Vaccine operations Central Provinces 1868-1885 - 1868-1885
Year: 1868
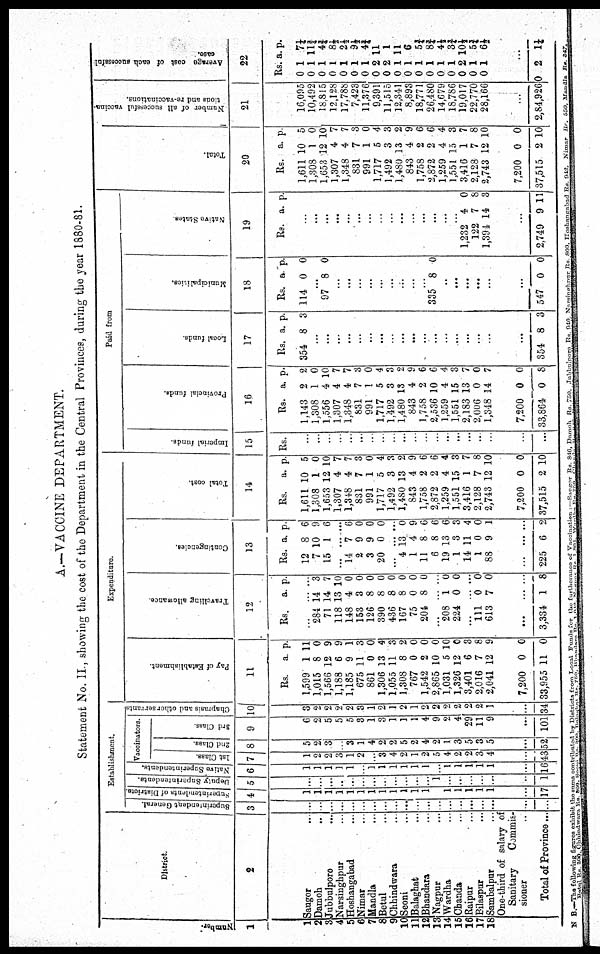
A.—VACCINE DEPARTMENT.
Statement No. II., showing the cost of the Department in the Central Provinces, during the year 1880-81.
Number.
1
1
2
3
4
5
6
7
8
9
10
11
12
13
14
15
16
17
18
District.
2
Saugor ..
Damoh ..
Jubbulpore ...
Narsinghpur ...
Hoshangabad ...
Nimar ...
Mandla ...
Betul ...
Chhindwara ...
Seoni ...
Balaghat ...
Bhandara ...
Nagpur ...
Wardha ...
Chanda ...
Raipur ...
Bilaspur ...
Sambalpur ...
One-third of salary of
Sanitary
Commis-
sioner ...
Total of Province...
Establishment.
Superintendent General.
3
..
...
...
...
...
...
...
...
...
...
...
...
...
...
...
...
...
...
...
...
Superintendents of Districts.
4
1
1
1
1
1
1
1
1
1
1
1
1
1
1
1
1
1
...
17
Deputy Superintendents.
5
...
...
...
...
...
...
...
...
...
...
...
...
1
...
...
...
...
...
...
1
Native Superintendents.
6
1
1
1
1
1
...
1
1
1
1
1
1
...
1
1
1
1
1
...
16
Vaccinators.
1st Class.
7
1
2
2
3
1
2
...
3
4
2
1
2
5
4
2
2
3
4
...
43
2nd Class.
8
5
2
3
...
3
1
4
2
2
5
2
4
2
1
3
5
3
5
...
52
3rd Class.
9
6
2
5
5
5
3
1
3
1
1
1
4
9
2
4
29
11
9
...
101
Chaprasis and other servants
10
3
2
2
2
2
3
1
2
1
2
1
2
2
2
2
2
2
1
...
34
Expenditure
Pay of Establishment.
11
Rs.
1,599
1,015
1,566
1,188
1,185
675
861
1,306
1,055
1,308
767
1,542
2,865
1,031
1,326
3,401
2,016
2,041
7,200
33,955
a.
1
8
12
6
9
11
0
13
11
8
0
2
10
5
12
6
7
12
0
11
p.
11
0
9
9
1
3
0
4
3
2
0
0
0
10
0
3
8
9
0
0
Travelling allowance.
12
Rs.
...
284
71
118
148
153
126
390
436
167
75
204
...
208
224
...
111
613
...
3,334
a.
...
14
14
13
4
3
8
8
8
8
0
8
...
1
0
...
0
7
...
1
p.
...
3
7
10
0
0
0
0
0
0
0
0
...
0
0
...
0
0
...
8
Contingencies.
13
Rs.
12
7
15
...
14
2
3
20
...
4
1
11
6
19
1
14
1
88
...
225
a.
8
10
1
...
7
9
9
0
...
13
4
8
8
13
3
11
0
9
...
6
p.
6
9
6
...
6
0
0
0
...
0
9
6
6
6
3
4
0
1
...
2
Total cost.
14
Rs.
1,611
1,308
1,653
1,307
1,348
831
991
1,717
1,492
1,480
843
1,758
2,872
1,259
1,551
3,416
2,128
2,743
7,200
37,515
a.
10
1
12
4
4
7
1
5
3
13
4
2
2
4
15
1
7
12
0
2
p.
5
0
10
7
7
3
0
4
3
2
9
6
6
4
3
7
8
10
0
10
Paid from
Imperial funds.
15
Rs.
...
...
...
...
...
...
...
...
...
...
...
...
...
...
...
...
...
...
...
...
Provincial funds.
16
Rs.
1,143
1,308
1,556
1,307
1,348
831
991
1,717
1,492
1,480
843
1,758
2,536
1,259
1,551
2,183
2,006
1,348
7,200
33,864
a.
2
1
4
4
4
7
1
5
3
13
4
2
10
4
15
13
0
14
0
0
p.
2
0
10
7
7
3
0
4
3
9
9
6
6
4
3
7
0
7
0
8
Local funds.
17
Rs.
354
a.
8
p.
3
...
...
...
...
...
...
...
...
...
...
...
...
...
...
...
...
...
...
354 8 3
Municipalities.
18
Rs.
114
a
0
p.
0
...
97 8 0
...
...
...
...
...
...
...
...
...
335 8 0
...
...
...
...
...
...
547 0 0
Native States.
19
Rs. a. p.
...
...
...
...
...
...
...
...
...
...
...
...
...
...
...
1,232
122
1,394
4
7
14
0
8
3
...
2,749 9 11
Total.
20
Rs.
1,611
1,308
1,653
1,307
1,348
831
991
1,717
1,492
1,480
843
1,758
2,872
1,259
1,551
3,416
2,128
2,743
7,200
37,515
a.
10
1
12
4
4
7
1
5
3
13
4
2
2
4
15
1
7
12
0
2
p.
5
0
10
7
7
3
0
4
3
2
9
6
6
4
3
7
8
10
0
10
Number of all successful vaccina-
tions and re-vaccinations.
21
16,095
10,492
18,815
12,128
17,788
7,423
11,376
9,391
11,515
12,341
8,893
18,771
26,480
14,679
18,786
19,017
22,770
28,166
...
2,84,926
Average cost of each successful
case.
22
Rs.
0
0
0
0
0
0
0
0
0
0
0
0
0
0
0
0
0
0
a.
1
1
1
1
1
1
1
2
2
1
1
1
1
1
1
2
1
1
p.
7¼
11¾
4¾
8½
2½
9½
4¾
11
1
11
6
5¾
8¾
4½
3¾
10½
5¾
6½
...
0 2 1¼
N B.—The following figures exhibit the sums contributed by Districts from Local Funds for the furtherance of Vaccination. —Saugor Rs. 846, Damoh Rs. 750. Jubbulpore Rs. 940 Narsinghpur Rs. 800. Hoshangabad Rs. 942. Nimar Rs. 550. Mandla. Rs. 347
Botul Rs. 300. Chhindwara Rs 800. Sepul Rs. 300. Balaghat Rs. 750. Bhandara Rs. 1,042. Nagpur Rs. 1,801 Wardha Rs. 750
Chhindwara